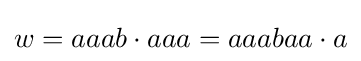
w=aaab\cdot aaa=aaabaa\cdot a